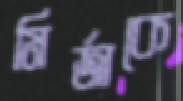
মির্জাকে